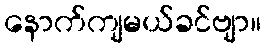
နောက်ကျမယ်ခင်ဗျာ။